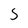
Character: S